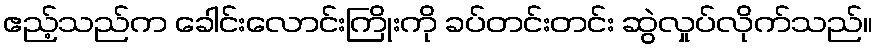
ဧည့်သည်က ခေါင်းလောင်းကြိုးကို ခပ်တင်းတင်း ဆွဲလှုပ်လိုက်သည်။